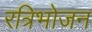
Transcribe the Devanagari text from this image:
रत्रिभोजन